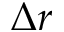
\Delta r